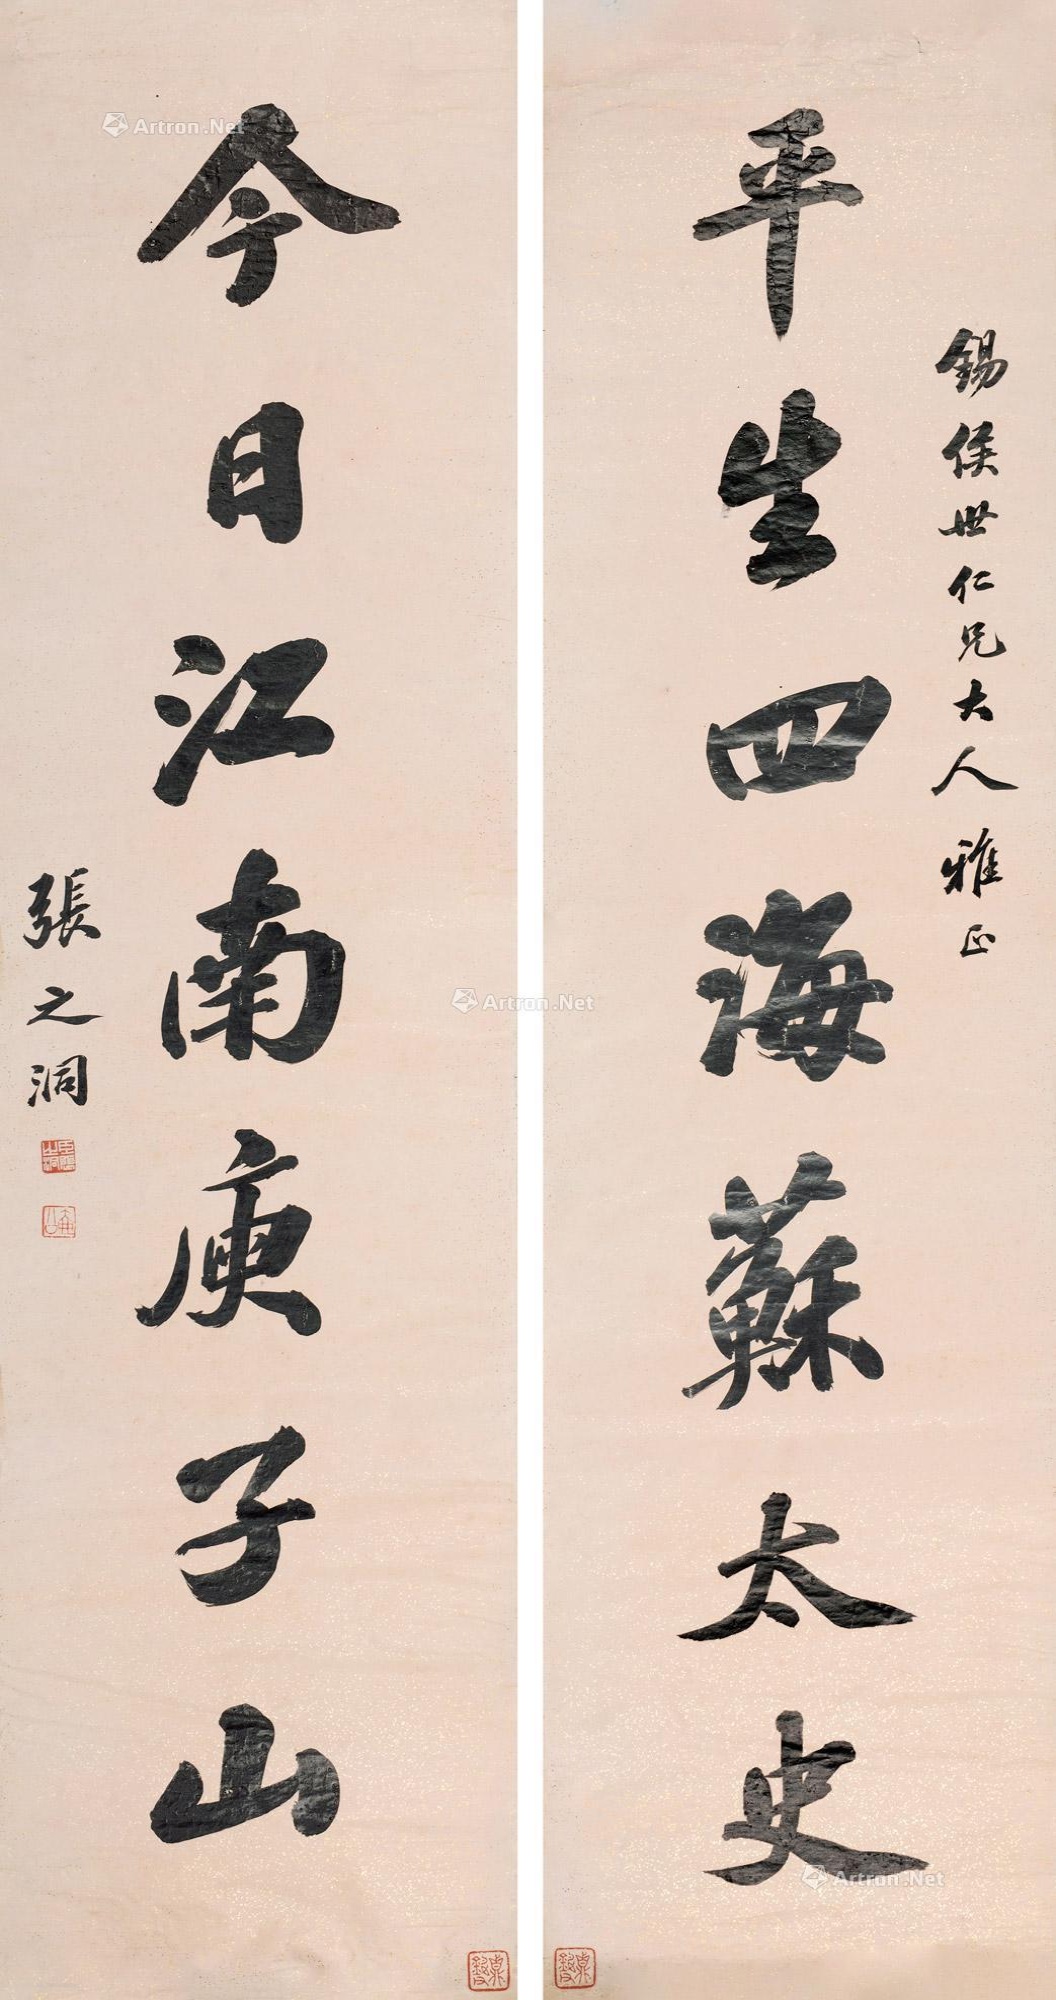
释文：平生四海苏太史，今日江南庚子山。锡侯世仁兄大人雅正，张之洞。